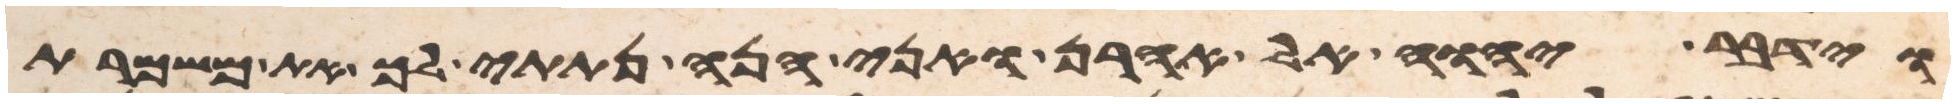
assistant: וידבר יהוה אל אהרן ואני הנה נתתי לך את משמרת